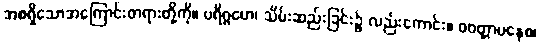
အစရှိသောအကြောင်းတရားတို့ကို။ ပရိဂ္ဂဟေ၊ သိမ်းဆည်းခြင်း၌ လည်းကောင်း။ ဝဝတ္တာပနေစ၊